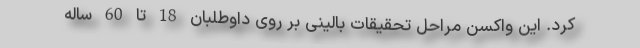
کرد. این واکسن مراحل تحقیقات بالینی بر روی داوطلبان 18 تا 60 ساله